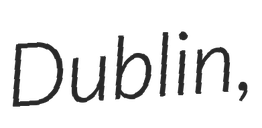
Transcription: Dublin,